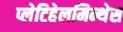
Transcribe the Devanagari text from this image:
प्लेटिहेलमिन्थेस